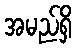
အမည်ရှိ